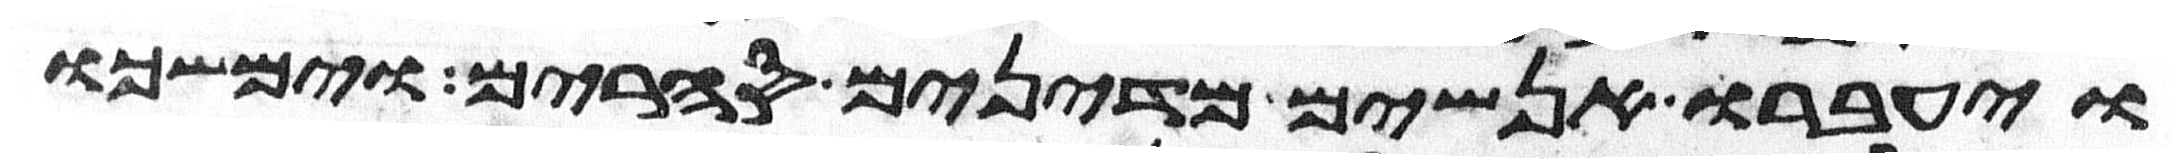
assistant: ויעברו אנשים מדינים סחרים וימשכו